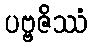
ပဗ္ဗဇိဿံ